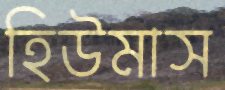
হিউমাস